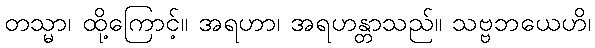
တသ္မာ၊ ထို့ကြောင့်။ အရဟာ၊ အရဟန္တာသည်။ သဗ္ဗဘယေဟိ၊